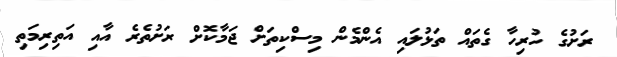
ރަށުގެ ހުރިހާ ގެތައް ތަޅުލައި އެންމެން މިސްކިތަށް ޖަމާކޮށް ރަށުތެރެ އާއި އަތިރިމަތި